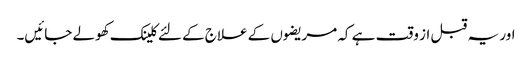
اور یہ قبل از وقت ہے کہ مریضوں کے علاج کے لئے کلینک کھولے جائیں۔